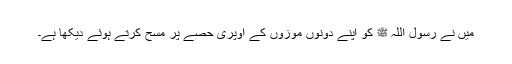
میں نے رسول اللہ ﷺ کو اپنے دونوں موزوں کے اوپری حصے پر مسح کرتے ہوئے دیکھا ہے۔